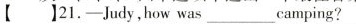
【】21.—Judy,how was___camping?